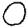
Digit: 0